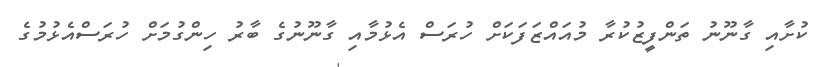
ކުށާއި ގާނޫނު ތަންފީޒުކުރާ މުއައްޒަފަކަށް ހުރަސް އެޅުމާއި ގާނޫނުގެ ބާރު ހިންގުމަށް ހުރަސްއެޅުމުގެ